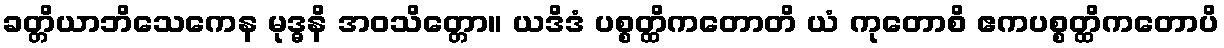
ခတ္တိယာဘိသေကေန မုဒ္ဓနိ အဝသိတ္တော။ ယဒိဒံ ပစ္စတ္ထိကတောတိ ယံ ကုတောစိ ဧကပစ္စတ္ထိကတောပိ